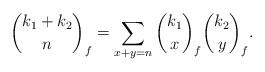
LaTeX: \begin{align*} \binom{k_1+k_2}{n}_f = \sum_{x+y=n}\binom{k_1}{x}_f\binom{k_2}{y}_f. \end{align*}